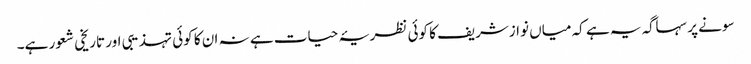
سونے پر سہاگہ یہ ہے کہ میاں نوازشریف کا کوئی نظریۂ حیات ہے نہ ان کا کوئی تہذیبی اور تاریخی شعور ہے۔